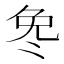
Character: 𫥎